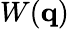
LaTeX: W({\mathbf q})